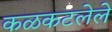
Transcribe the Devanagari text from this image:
कळकटलेले